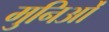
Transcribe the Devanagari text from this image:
मुनिओं